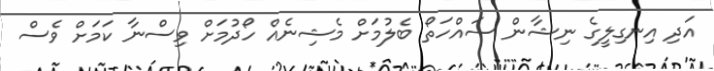
އަދި އިނގިލީގެ ނިޝާން ސައްހަތޯ ބެލުމަށް މެޝިނެއް ހޯދުމަށް ވިސްނާ ކަމަށް ވެސް